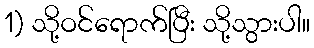
1) သို့ဝင်ရောက်ပြီး သို့သွားပါ။